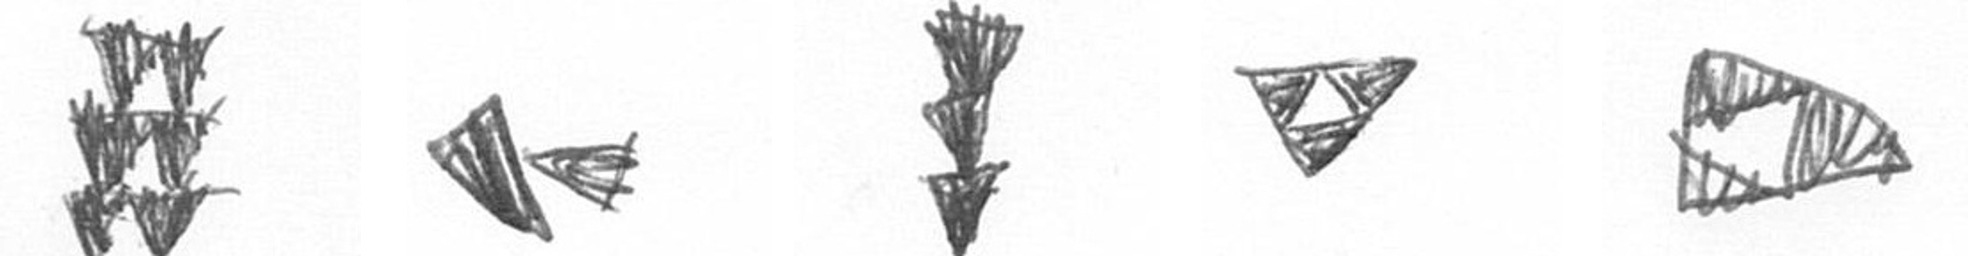
Y F E S K